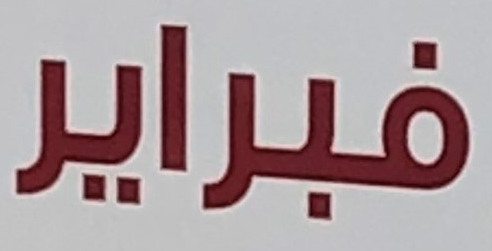
فبراير